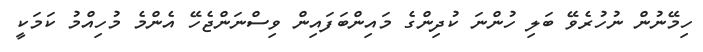
ހިމޭނުން ނުހުރެވޭ ބަލި ހުންނަ ކުދިންގެ މައިންބަފައިން ވިސްނަންޖެހޭ އެންމެ މުހިއްމު ކަމަކީ